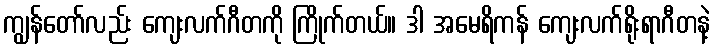
ကျွန်တော်လည်း ကျေးလက်ဂီတကို ကြိုက်တယ်။ ဒါ အမေရိကန် ကျေးလက်ရိုးရာဂီတနဲ့